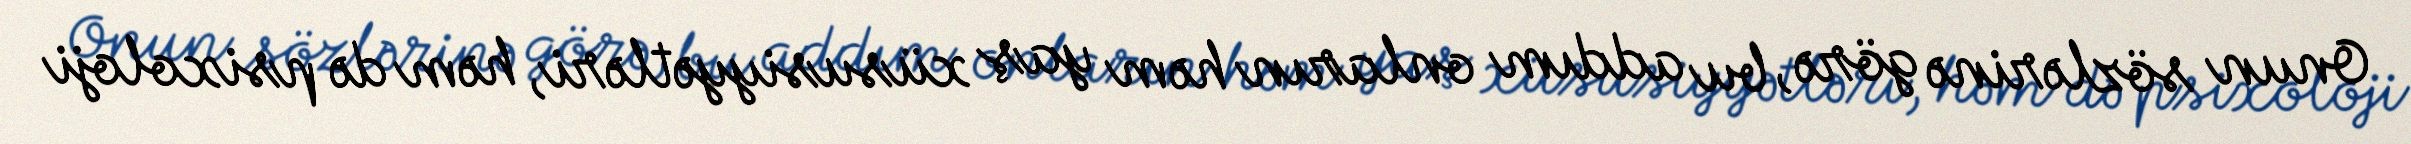
Onun sözlərinə görə, bu addım onların həm yaş xüsusiyyətləri, həm də psixoloji